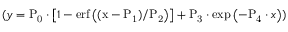
( y = \mathrm { P _ { 0 } } \cdot \left[ 1 - \mathrm { e r f \left( ( x - \mathrm { P _ { 1 } } ) / \mathrm { P _ { 2 } } \right) } \right] + \mathrm { P _ { 3 } } \cdot \exp \left( - \mathrm { P _ { 4 } } \cdot x \right) )